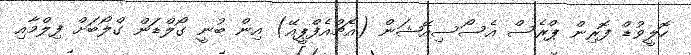
ހޮލީވުޑް ފޮރިން ޕްރެސް އެސޯސިއޭޝަން (އެޗްއެފްޕީއޭ) އިން ބުނީ ގޯލްޑަން ގްލޯބަށް ފިލްމާއި